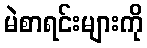
မဲစာရင်းများကို